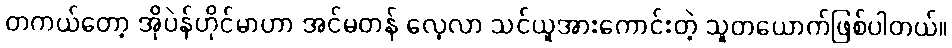
တကယ်တော့ အိုပဲန်ဟိုင်မာဟာ အင်မတန် လေ့လာ သင်ယူအားကောင်းတဲ့ သူတယောက်ဖြစ်ပါတယ်။